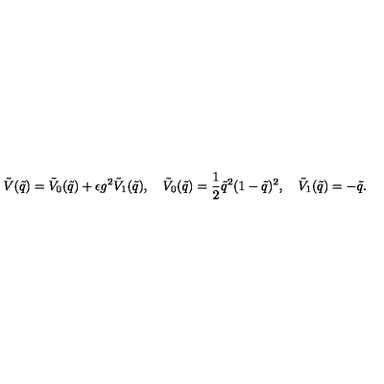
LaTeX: \tilde { V } ( \tilde { q } ) = \tilde { V } _ { 0 } ( \tilde { q } ) + \epsilon g ^ { 2 } \tilde { V } _ { 1 } ( \tilde { q } ) , \quad \tilde { V } _ { 0 } ( \tilde { q } ) = \frac { 1 } { 2 } \tilde { q } ^ { 2 } ( 1 - \tilde { q } ) ^ { 2 } , \quad \tilde { V } _ { 1 } ( \tilde { q } ) = - \tilde { q } .